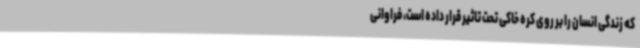
که زندگی انسان را بر روی کره خاکی تحت تاثیر قرار داده است، فراوانی